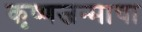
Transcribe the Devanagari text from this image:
कृष्णजन्माचा